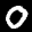
Label: 0